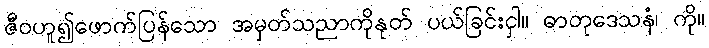
ဇီဝဟူ၍ဖောက်ပြန်သော အမှတ်သညာကိုနုတ် ပယ်ခြင်းငှါ။ ဓာတုဒေသနံ၊ ကို။